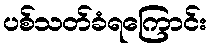
ပစ်သတ်ခံရကြောင်း